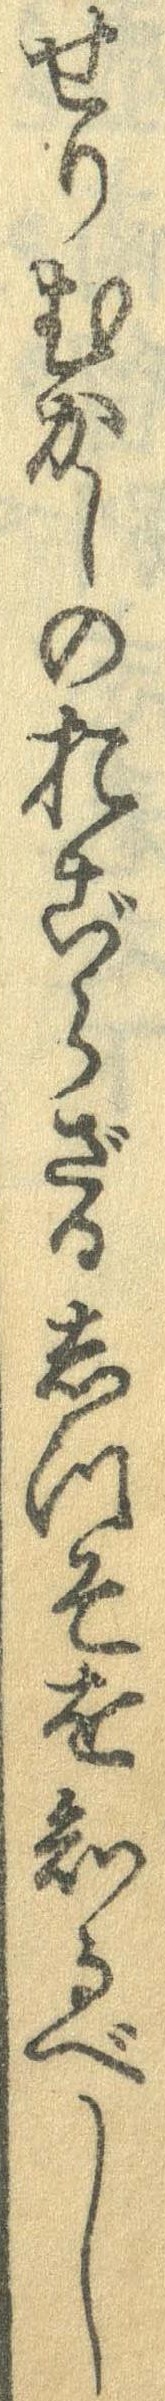
せりむかしのおごらざるしつそを知るべし